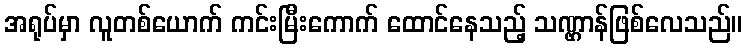
အရုပ်မှာ လူတစ်ယောက် ကင်းမြီးကောက် ထောင်နေသည့် သဏ္ဌာန်ဖြစ်လေသည်။